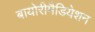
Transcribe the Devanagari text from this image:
बायोरीमैडियेशन